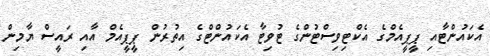
އެކައުންޓާއި ޕީޕީއެމްގެ އެކްޓިވިސްޓުންގެ ޓުވިޓާ އެކައުންޓްގެ އިތުރުން ޕީޕީއެމް އާއި ރައީސް ޔާމިން